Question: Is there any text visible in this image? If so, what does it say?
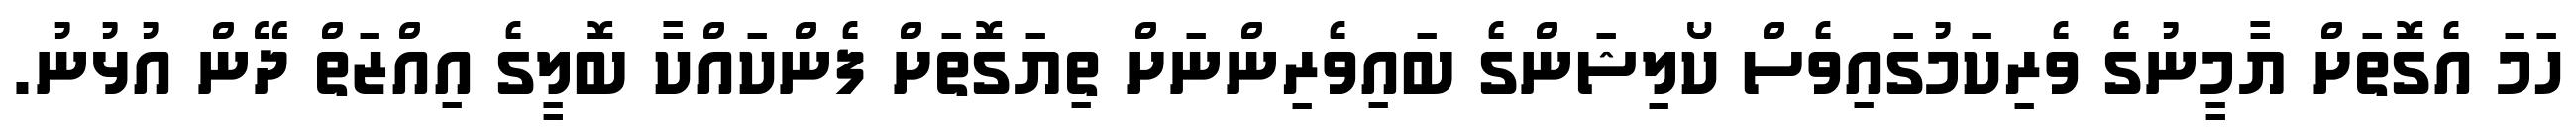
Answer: ހަމަ އެގޮތަށް ޔާމީނުގެ ވެރިކަމުގައިވެސް ކޯލިޝަންގެ ބައިވެރިންނަށް ތިޔަގޮތަށް ފެންކައްކާ ބޮލީގެ އިއްޒަތް ދޭން އުޅުނު.